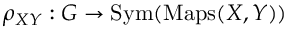
\rho _ { X Y } : G \to \operatorname { S y m } ( \operatorname { M a p s } ( X , Y ) )